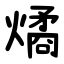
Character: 燏